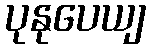
ပုနုပေယျ